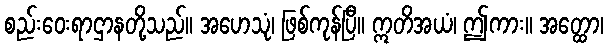
စည်းဝေးရာဌာနတို့သည်။ အဟေသုံ၊ ဖြစ်ကုန်ပြီ။ ဣတိအယံ၊ ဤကား။ အတ္ထော၊